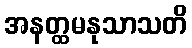
အနတ္ထမနုသာသတိ